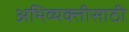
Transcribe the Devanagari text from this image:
अभिव्यक्तीसाठी